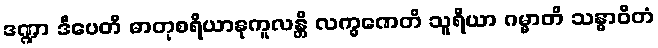
ဒဏ္ဍာ ဒီပေတိ ဓာတုစရိယာနုကူလန္တိ လက္ခဏေတိ သူရိယာ ဂမ္မာတိ သန္ဓာဝိတံ